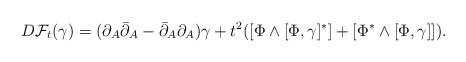
\begin{align*}D\mathcal F_t (\gamma) = (\partial_A\bar\partial_A-\bar\partial_A\partial_A) \gamma+t^2([\Phi\wedge[\Phi,\gamma]^{\ast}]+[\Phi^{\ast}\wedge[\Phi,\gamma]]).\end{align*}